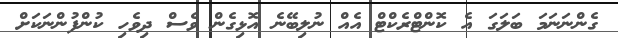
ގެންނަނަމަ ބަލަގަ އެ ކޮންޓްރެކްޓް އެއް ނުލިބޭނެ އޮޅިގެން ވެސް ދިވެހި ކުންފުންނަކަށް